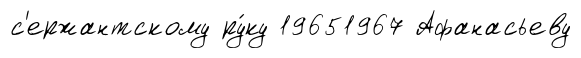
с'ержантскому ру́ку 19651967 Афанасьеву